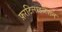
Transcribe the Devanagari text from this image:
फ़रटिलाइज़ेशन